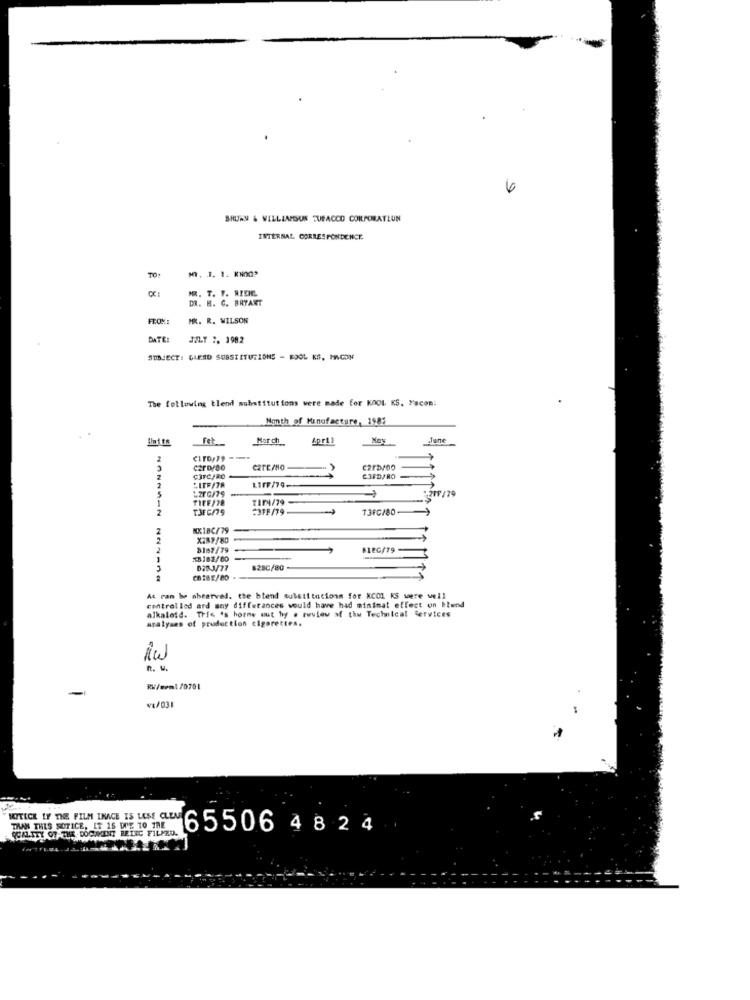
4
BHUTAN & WILLIAPOUR TUFACCO CORPORATLUN
INTERNAL CORRESPONDENCE
TO:
MR. T. F. RIEHL
8
DR. H. C. BRYANT
FROM:
MR. R. WILSON
DATE:
JOLT ", 1982
SUBJECT: BLEED SUBSTITUTIONS - FOOL KS, MACON
The following tlend substitutions were made for KOOL KS, Facon:
Month of Manufacture, 1985
fet
Har ch.
April
Noy
June
2
CZPD/80
C2PD/00
CITCARO
CIFDARO
2
LIFF/79-
217 /79
1
TIFE/78
TIP/79
2
231F/79
T3FC/80
XXX18C/79
2
X287/80
3167/79
BIRG/79
D20-3/77
#28C/80
CO182/80
At ran be observed. the blend substitutions for XCO1 KS were well
controlled ard may differances would have had minimat effect on Elend
alkaloid. Trie 's horme out hy . rwview af the Technical Services
analyses of pruduction cigarettes.
aw
R. u.
RV/wem1 /0701
VE/031
MITICE LY THE FILM INAGE IS LESS CLEM
TAAN THIS NOTICE, IT IS WIE TO
THE DOCUMENT BEING FILPZD.
65506 4824